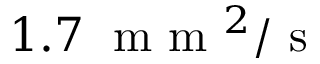
1 . 7 \; \mathrm { ~ m ~ m ~ } ^ { 2 } / \mathrm { ~ s ~ }